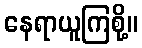
နေရာယူကြစို့။